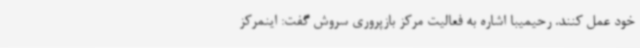
خود عمل کنند. رحیمیبا اشاره به فعالیت مرکز بازپروری سروش گفت: اینمرکز